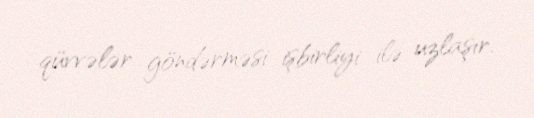
qüvvələr göndərməsi işbirliyi ilə uzlaşır.